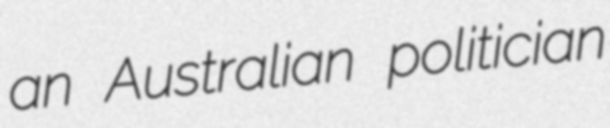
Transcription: an Australian politician